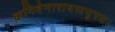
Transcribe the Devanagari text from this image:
कनिवेनारायणपुरम।